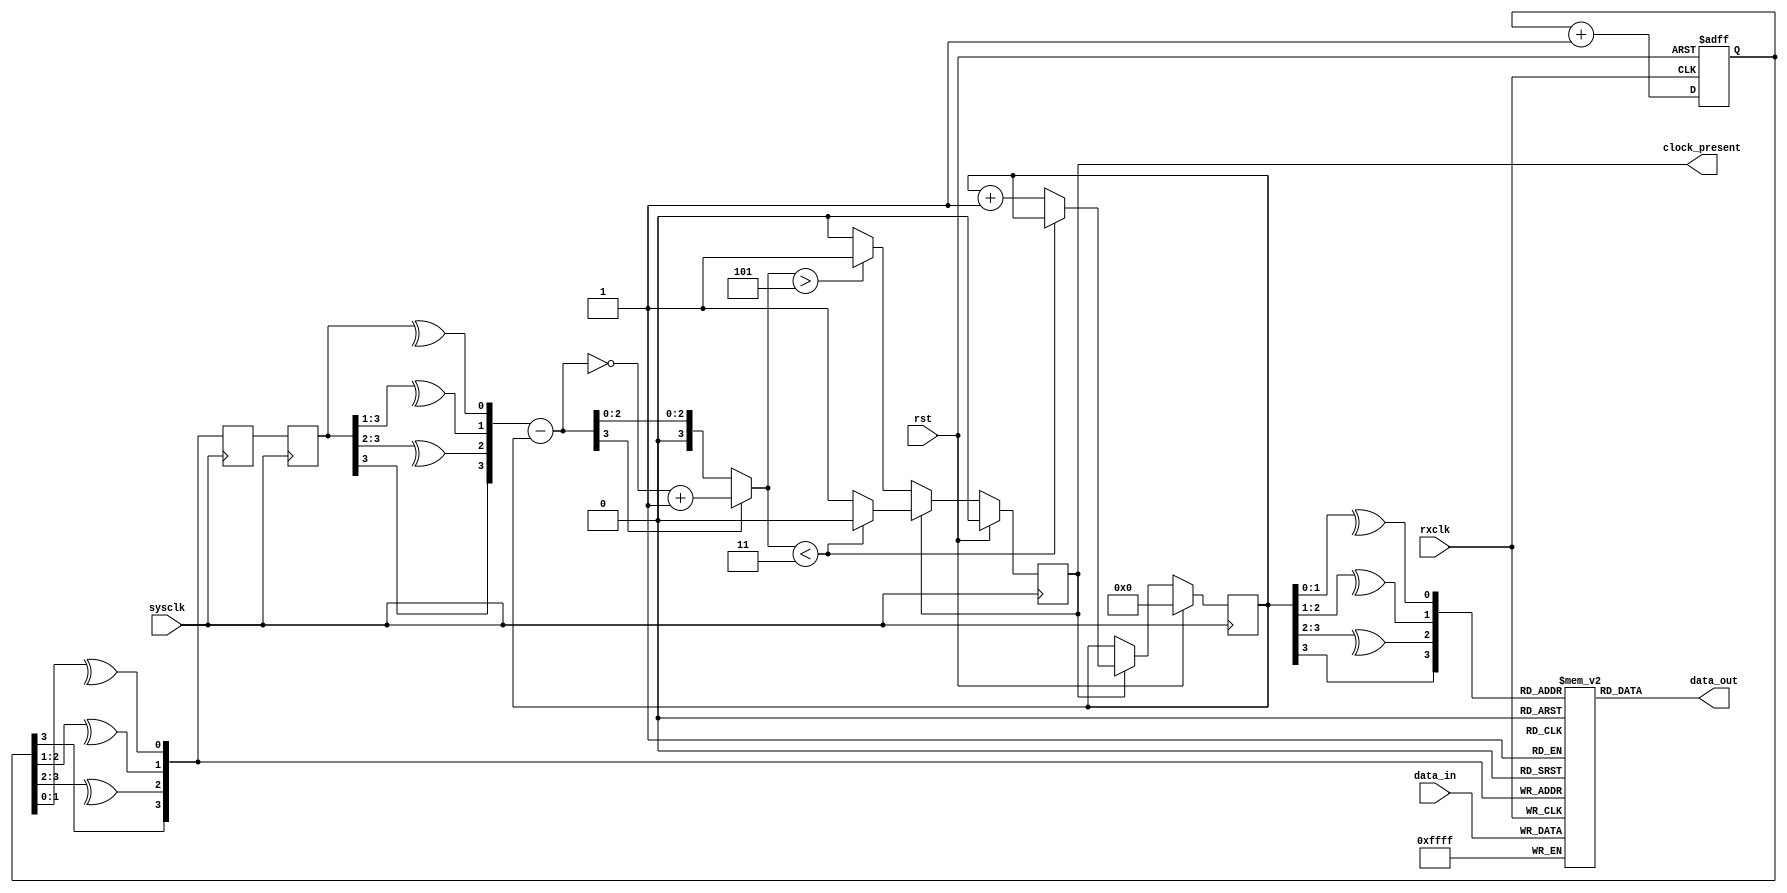


// Source-synchronous receiver
// Assumes both clocks are at the same rate
// Relative clock phase is
//    unknown
//    variable
//    bounded
// The output will come several cycles later than the input

// This should synthesize efficiently in Xilinx distributed ram cells,
//   which is why we use a buffer depth of 16

// FIXME Async reset on rxclk side?

module ss_rcvr
  #(parameter WIDTH=16)
    (input rxclk,
     input sysclk,
     input rst,
     
     input [WIDTH-1:0] data_in,
     output [WIDTH-1:0] data_out,
     output reg clock_present);
   
   wire [3:0] rd_addr, wr_addr;

   // Distributed RAM
   reg [WIDTH-1:0] buffer [0:15];
   always @(posedge rxclk)
     buffer[wr_addr] <= data_in;
   
   assign 	   data_out = buffer[rd_addr];
   
   // Write address generation
   reg [3:0] 	   wr_counter;
   always @(posedge rxclk or posedge rst)
     if (rst)
       wr_counter <= 0;
     else
       wr_counter <= wr_counter + 1;
   
   assign 	   wr_addr = {wr_counter[3], ^wr_counter[3:2], ^wr_counter[2:1], ^wr_counter[1:0]};
   
   // Read Address generation
   wire [3:0] 	   wr_ctr_sys, diff, abs_diff;
   reg [3:0] 	   wr_addr_sys_d1, wr_addr_sys_d2;
   reg [3:0] 	   rd_counter;
   
   assign 	   rd_addr = {rd_counter[3], ^rd_counter[3:2], ^rd_counter[2:1], ^rd_counter[1:0]};
   
   always @(posedge sysclk)
     wr_addr_sys_d1 <= wr_addr;
   
   always @(posedge sysclk)
     wr_addr_sys_d2 <= wr_addr_sys_d1;
   
   assign 	   wr_ctr_sys = {wr_addr_sys_d2[3],^wr_addr_sys_d2[3:2],^wr_addr_sys_d2[3:1],^wr_addr_sys_d2[3:0]};
   
   assign 	   diff = wr_ctr_sys - rd_counter;
   assign 	   abs_diff = diff[3] ? (~diff+1) : diff;
   
   always @(posedge sysclk)
     if(rst)
       begin
	  clock_present <= 0;
	  rd_counter <= 0;
       end
     else 
       if(~clock_present)
	 if(abs_diff > 5)
	   clock_present <= 1;
	 else
	   ;
       else
	 if(abs_diff<3)
	   clock_present <= 0;
	 else
	   rd_counter <= rd_counter + 1;

endmodule // ss_rcvr